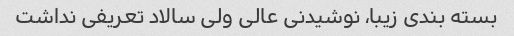
بسته بندی زیبا، نوشیدنی عالی ولی سالاد تعریفی نداشت